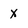
Character: x